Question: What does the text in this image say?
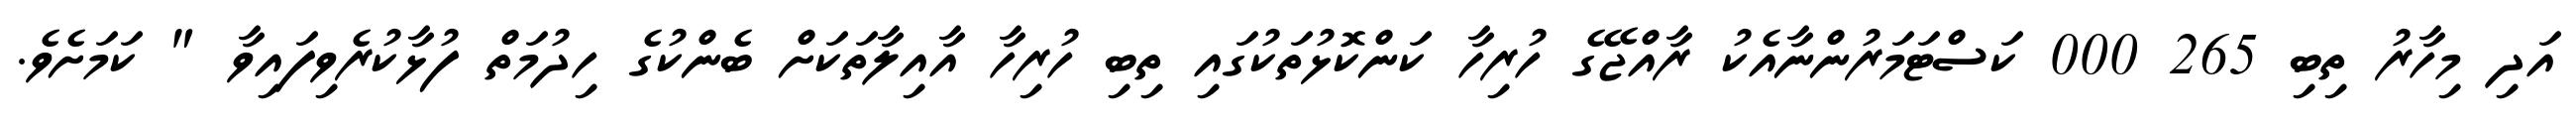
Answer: އަދި މިހާރު ތިބި 265 000 ކަސްޓަމަރުންނާއެކު ރާއްޖޭގެ ހުރިހާ ކަންކޮޅުތަކުގައި ތިބި ހުރިހާ އާއިލާތަކަށް ބެންކުގެ ހިދުމަތް ފުޅާކުރެވިފައިވާ " ކަމަށެވެ.